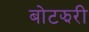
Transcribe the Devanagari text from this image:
बोटझरी